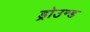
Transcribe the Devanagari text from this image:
ड्रोउन्ड